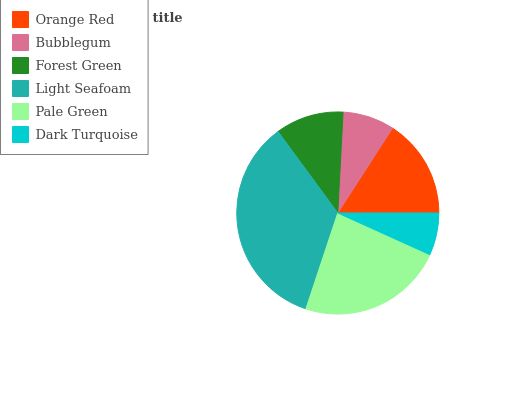
| Orange Red | Bubblegum | Forest Green | Light Seafoam | Pale Green | Dark Turquoise |
 | --- | --- | --- | --- | --- | --- |
 | 15.9% | 8.28% | 10.9% | 34.8% | 23.4% | 6.76% |